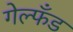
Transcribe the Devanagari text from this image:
गेल्फँड